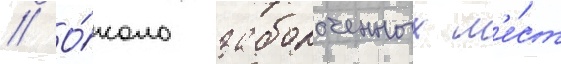
// О́коло заболоченных м'е́ст